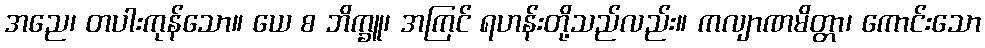
အညေ၊ တပါးကုန်သော။ ယေ စ ဘိက္ခူ၊ အကြင် ရဟန်းတို့သည်လည်း။ ကလျာဏမိတ္တာ၊ ကောင်းသော